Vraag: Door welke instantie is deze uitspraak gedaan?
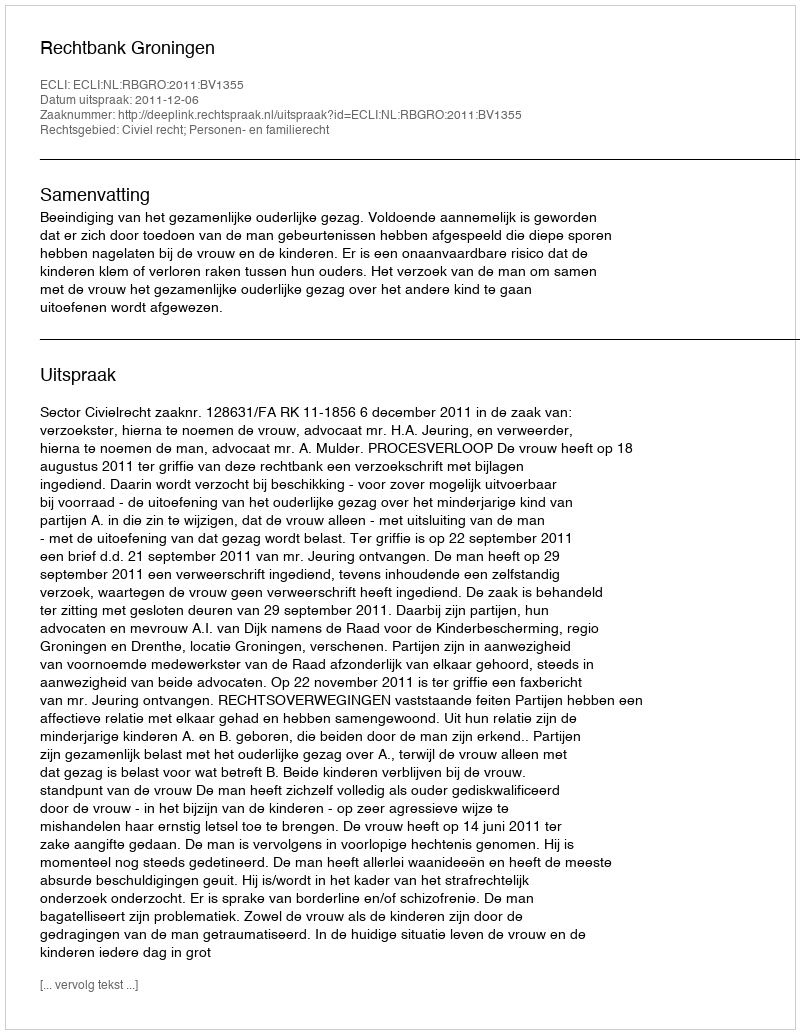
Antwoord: Rechtbank Groningen